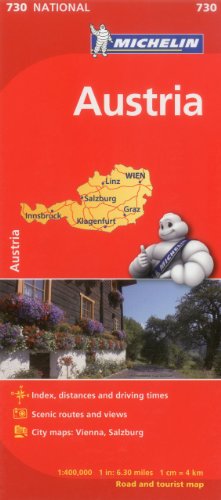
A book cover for Michelin Austria Map 730 (Maps/Country (Michelin)); Michelin Travel & Lifestyle; Travel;